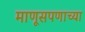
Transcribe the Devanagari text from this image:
माणूसपणाच्या